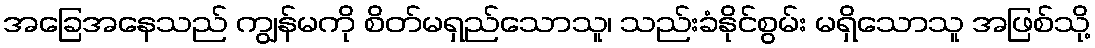
အခြေအနေသည် ကျွန်မကို စိတ်မရှည်သောသူ၊ သည်းခံနိုင်စွမ်း မရှိသောသူ အဖြစ်သို့